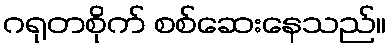
ဂရုတစိုက် စစ်ဆေးနေသည်။